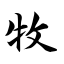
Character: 牧